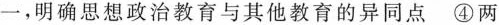
一，明确思想政治教育与其他教育的异同点 ④两